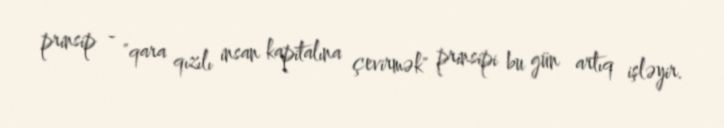
prinsip - "qara qızılı insan kapitalına çevirmək" prinsipi bu gün artıq işləyir.